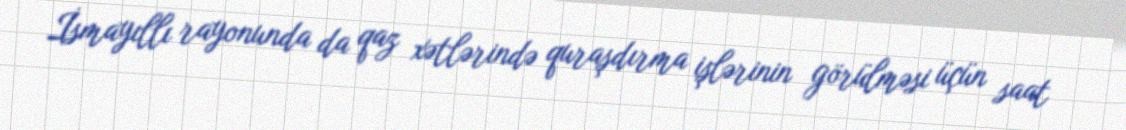
İsmayıllı rayonunda da qaz xətlərində quraşdırma işlərinin görülməsi üçün saat